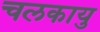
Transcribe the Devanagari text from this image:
चलकायु